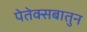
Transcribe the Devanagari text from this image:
पेतेक्सबातुन